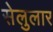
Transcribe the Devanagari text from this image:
सेलुलार